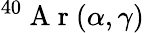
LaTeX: ^{40}\mathrm{~A~r~}(\alpha,\gamma)